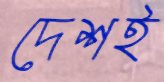
দেশই